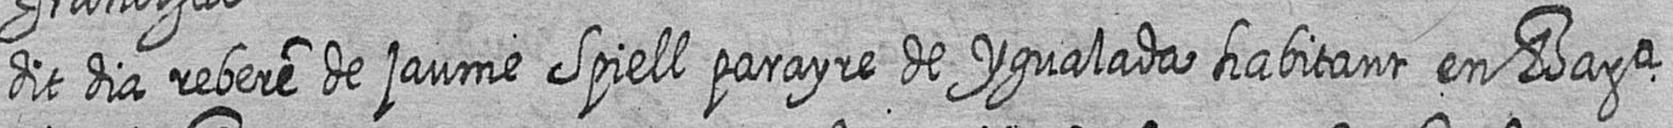
dit dia rebere de jaume Spiell parayre de ygualada habitant en Bara